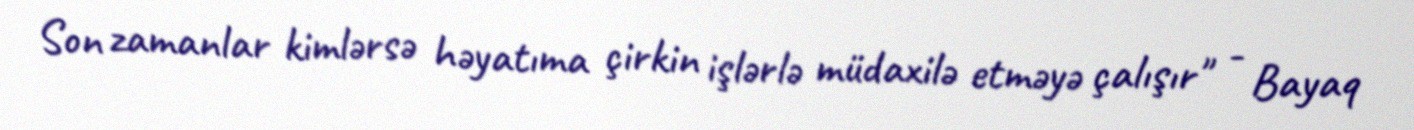
Son zamanlar kimlərsə həyatıma çirkin işlərlə müdaxilə etməyə çalışır" - Bayaq